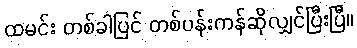
ထမင်း တစ်ခါပြင် တစ်ပန်းကန်ဆိုလျှင်ပြီးပြီ။